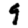
Digit: 9